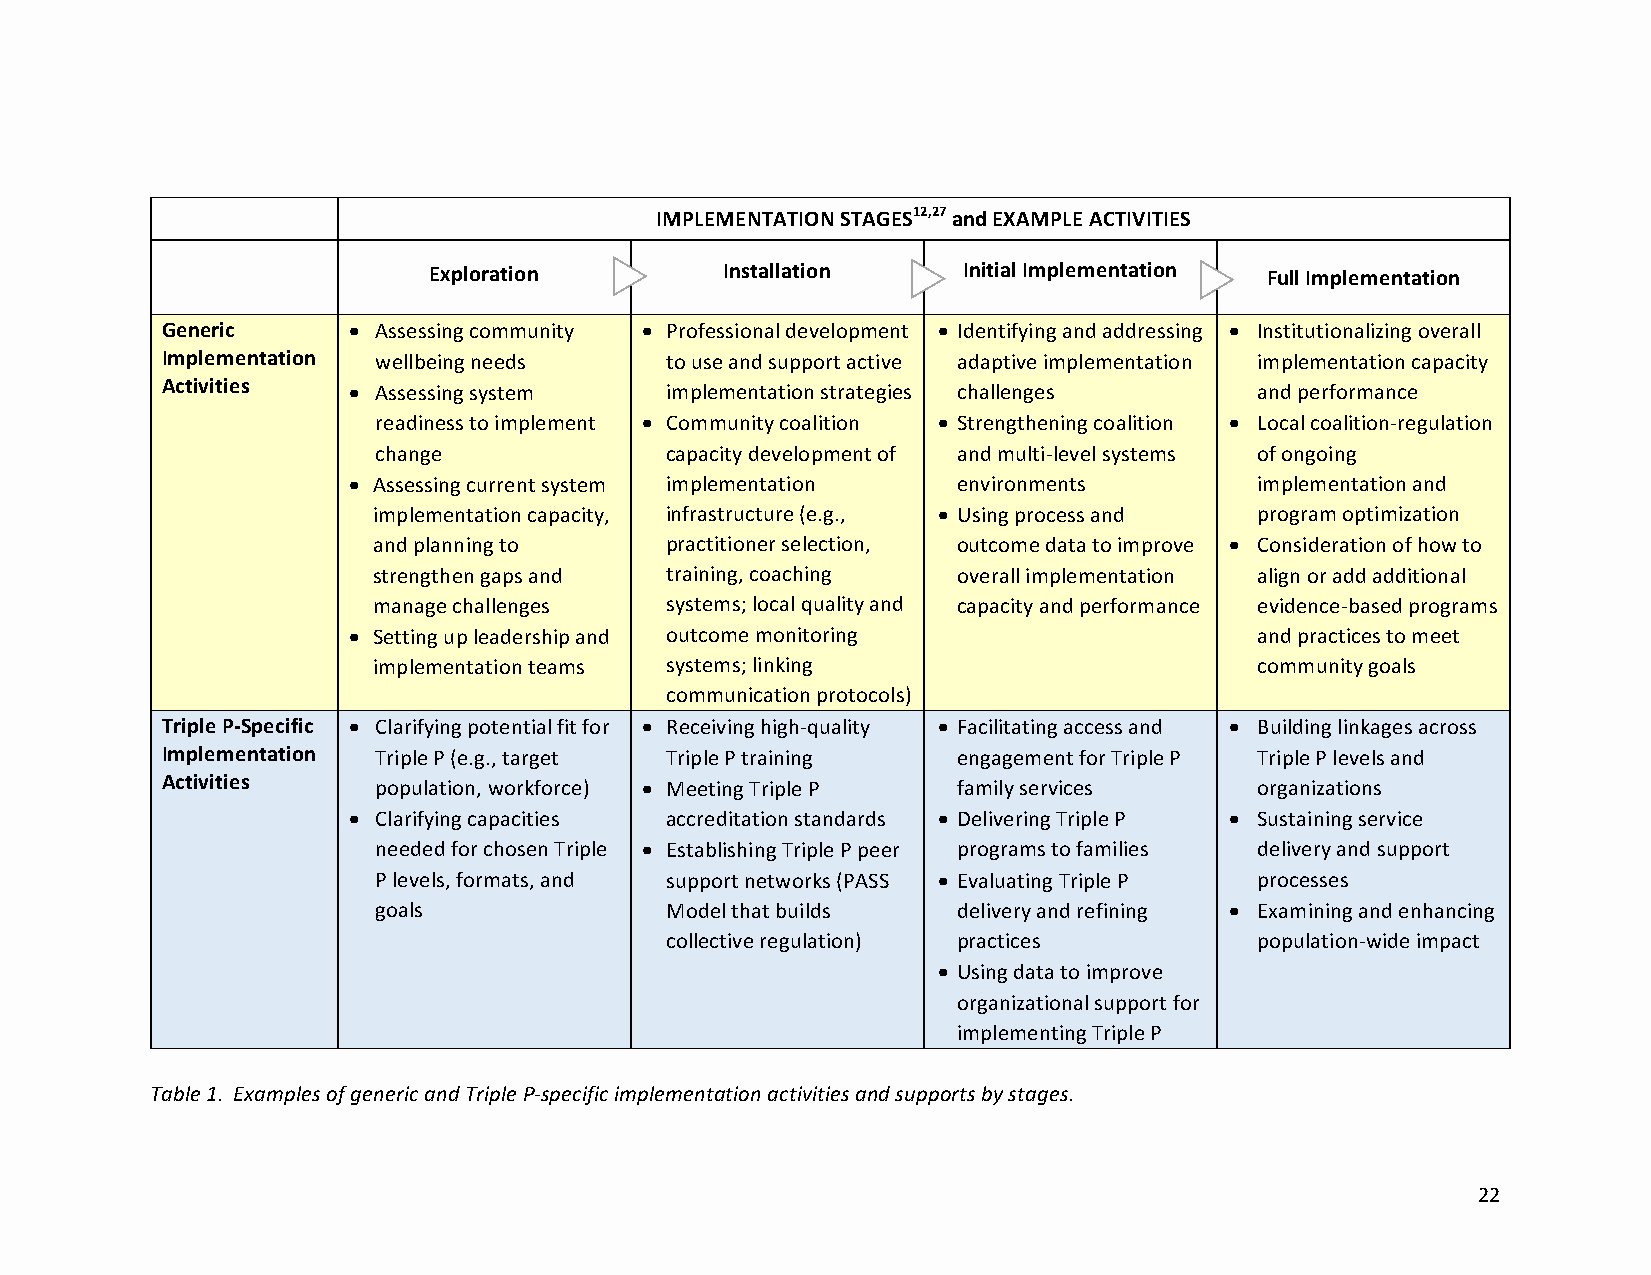
IMPLEMENTATION STAGES12,27 and EXAMPLE ACTIVITIES
 Exploration         Installation    Initial Implementation Full Implementation
 Generic     • Assessing community • Professional development • Identifying and addressing • Institutionalizing overall
 Implementation wellbeing needs   to use and support active adaptive implementation implementation capacity
 Activities  • Assessing system   implementation strategies challenges   and performance
 readiness to implement • Community coalition • Strengthening coalition • Local coalition-regulation
 change             capacity development of and multi-level systems of ongoing
 • Assessing current system implementation environments      implementation and
 implementation capacity, infrastructure (e.g., • Using process and program optimization
 and planning to    practitioner selection, outcome data to improve • Consideration of how to
 strengthen gaps and training, coaching overall implementation align or add additional
 manage challenges  systems; local quality and capacity and performance evidence-based programs
 • Setting up leadership and outcome monitoring              and practices to meet
 implementation teams systems; linking                     community goals
 communication protocols)
 Triple P-Specific • Clarifying potential fit for • Receiving high-quality • Facilitating access and • Building linkages across
 Implementation Triple P (e.g., target Triple P training engagement for Triple P Triple P levels and
 Activities    population, workforce) • Meeting Triple P family services organizations
 • Clarifying capacities accreditation standards • Delivering Triple P • Sustaining service
 needed for chosen Triple • Establishing Triple P peer programs to families delivery and support
 P levels, formats, and support networks (PASS • Evaluating Triple P processes
 goals              Model that builds  delivery and refining • Examining and enhancing
 collective regulation) practices       population-wide impact
 • Using data to improve
 organizational support for
 implementing Triple P
 Table 1. Examples of generic and Triple P-specific implementation activities and supports by stages.
 22